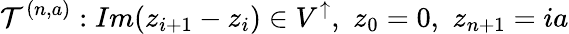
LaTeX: \mathcal{T}^{(n,a)}:Im(z_{i+1}-z_{i})\in V^{\uparrow},\, \, z_{0}=0,\, \, z_{n+1}=ia